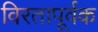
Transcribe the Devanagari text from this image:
विरतापूर्वक